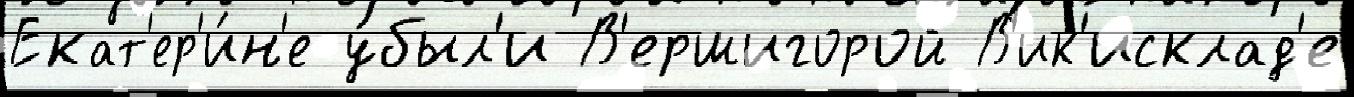
Екат'ер'и́н'е у́был'и В'ершигорой В'ик'исклад'е